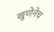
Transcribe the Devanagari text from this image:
खुणेनेच